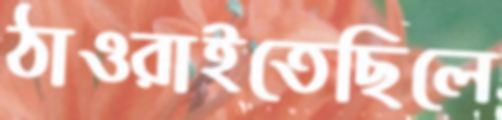
ঠাওরাইতেছিলে